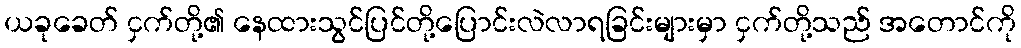
ယခုခေတ် ငှက်တို့၏ နေထားသွင်ပြင်တို့ပြောင်းလဲလာရခြင်းများမှာ ငှက်တို့သည် အတောင်ကို